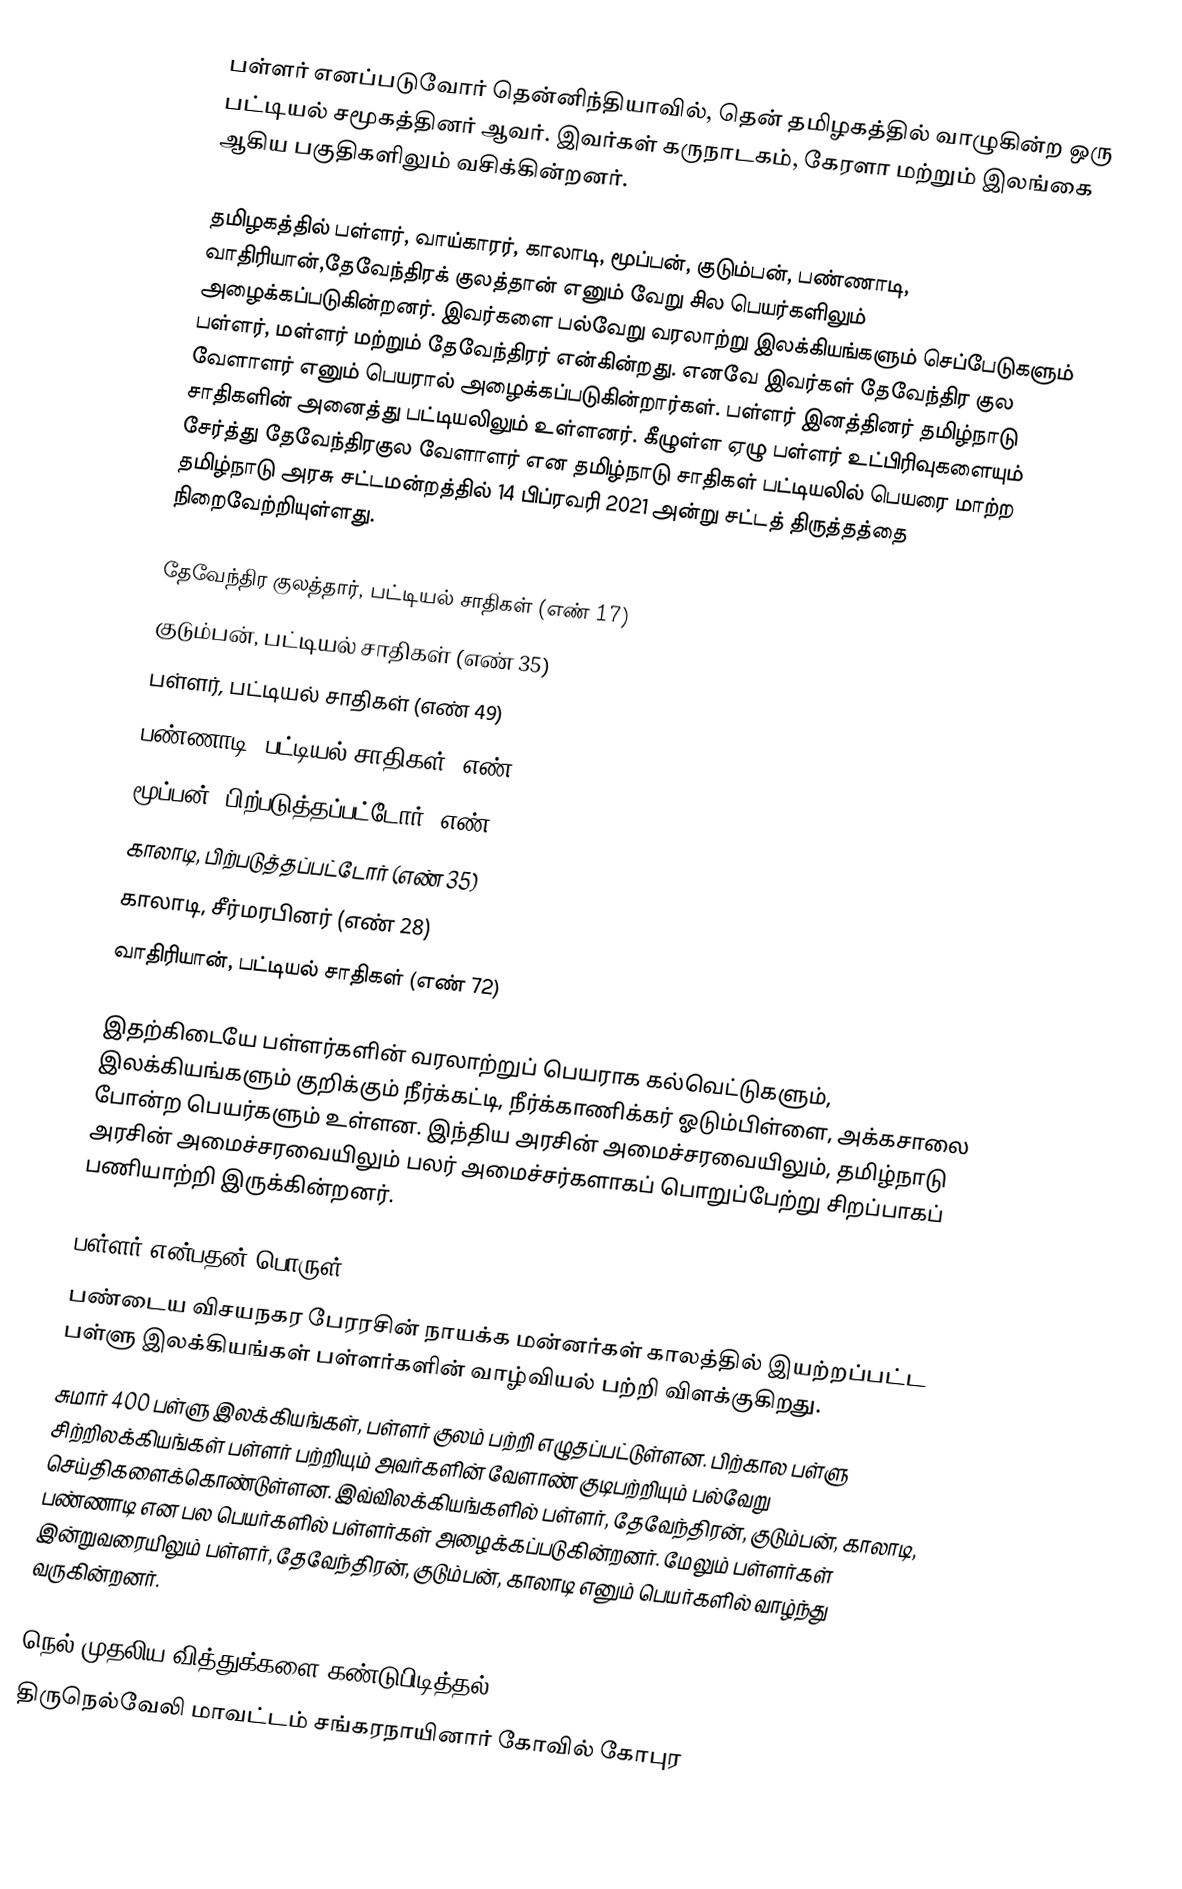
பள்ளர்  எனப்படுவோர் தென்னிந்தியாவில், தென் தமிழகத்தில் வாழுகின்ற ஒரு பட்டியல் சமூகத்தினர் ஆவர். இவர்கள் கருநாடகம், கேரளா மற்றும் இலங்கை ஆகிய பகுதிகளிலும் வசிக்கின்றனர்.

தமிழகத்தில் பள்ளர், வாய்காரர், காலாடி, மூப்பன், குடும்பன், பண்ணாடி, வாதிரியான்,தேவேந்திரக் குலத்தான் எனும் வேறு சில பெயர்களிலும் அழைக்கப்படுகின்றனர். இவர்களை பல்வேறு வரலாற்று இலக்கியங்களும் செப்பேடுகளும் பள்ளர், மள்ளர் மற்றும் தேவேந்திரர் என்கின்றது. எனவே இவர்கள் தேவேந்திர குல வேளாளர் எனும் பெயரால் அழைக்கப்படுகின்றார்கள். பள்ளர் இனத்தினர் தமிழ்நாடு சாதிகளின் அனைத்து பட்டியலிலும் உள்ளனர். கீழுள்ள ஏழு பள்ளர் உட்பிரிவுகளையும் சேர்த்து தேவேந்திரகுல வேளாளர் என தமிழ்நாடு சாதிகள் பட்டியலில் பெயரை மாற்ற தமிழ்நாடு அரசு சட்டமன்றத்தில் 14 பிப்ரவரி 2021 அன்று சட்டத் திருத்தத்தை நிறைவேற்றியுள்ளது.

 தேவேந்திர குலத்தார், பட்டியல் சாதிகள் (எண் 17)
 குடும்பன், பட்டியல் சாதிகள் (எண் 35)
 பள்ளர், பட்டியல் சாதிகள் (எண் 49)
 பண்ணாடி, பட்டியல் சாதிகள் (எண் 54)
 மூப்பன், பிற்படுத்தப்பட்டோர் (எண் 72)
 காலாடி, பிற்படுத்தப்பட்டோர் (எண் 35)
 காலாடி, சீர்மரபினர் (எண் 28)
 வாதிரியான், பட்டியல் சாதிகள் (எண் 72)

இதற்கிடையே பள்ளர்களின் வரலாற்றுப் பெயராக கல்வெட்டுகளும், இலக்கியங்களும் குறிக்கும் நீர்க்கட்டி, நீர்க்காணிக்கர் ஓடும்பிள்ளை, அக்கசாலை போன்ற பெயர்களும் உள்ளன. இந்திய அரசின் அமைச்சரவையிலும், தமிழ்நாடு அரசின் அமைச்சரவையிலும் பலர் அமைச்சர்களாகப் பொறுப்பேற்று சிறப்பாகப் பணியாற்றி இருக்கின்றனர்.

பள்ளர் என்பதன் பொருள்
பண்டைய விசயநகர பேரரசின் நாயக்க மன்னர்கள் காலத்தில் இயற்றப்பட்ட பள்ளு இலக்கியங்கள் பள்ளர்களின் வாழ்வியல் பற்றி விளக்குகிறது.
சுமார் 400 பள்ளு இலக்கியங்கள், பள்ளர் குலம் பற்றி எழுதப்பட்டுள்ளன. பிற்கால பள்ளு சிற்றிலக்கியங்கள் பள்ளர் பற்றியும் அவர்களின் வேளாண் குடிபற்றியும் பல்வேறு செய்திகளைக்கொண்டுள்ளன. இவ்விலக்கியங்களில் பள்ளர், தேவேந்திரன், குடும்பன், காலாடி, பண்ணாடி என பல பெயர்களில் பள்ளர்கள் அழைக்கப்படுகின்றனர். மேலும் பள்ளர்கள் இன்றுவரையிலும் பள்ளர்,  தேவேந்திரன், குடும்பன், காலாடி எனும் பெயர்களில் வாழ்ந்து வருகின்றனர்.

நெல் முதலிய வித்துக்களை கண்டுபிடித்தல்
திருநெல்வேலி மாவட்டம் சங்கரநாயினார் கோவில் கோபுர